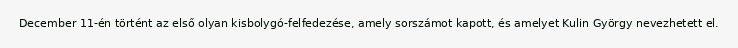
December 11-én történt az első olyan kisbolygó-felfedezése, amely sorszámot kapott, és amelyet Kulin György nevezhetett el.